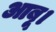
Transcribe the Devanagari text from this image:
आबू।